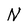
Character: N